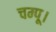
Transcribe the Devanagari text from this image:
चम्पू।